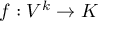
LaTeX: f : V ^ { k } \to K